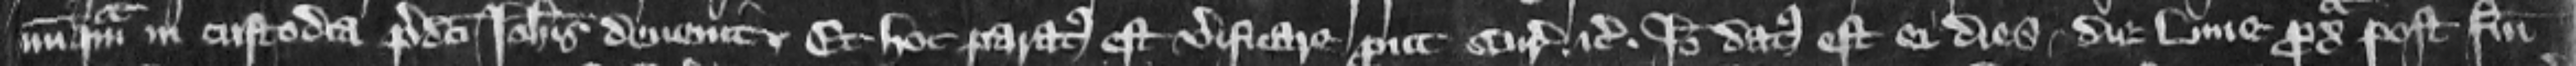
nunquam in custodia predicti Johannis deuenit. Et hoc paratus est verificare prout curia. etc. Ideo datus est ei dies. die Lune proxima post festum